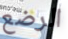
الرضع